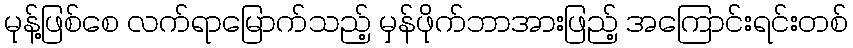
မုန့်ဖြစ်စေ လက်ရာမြောက်သည့် မှန်ဖိုက်ဘာအားဖြည့် အကြောင်းရင်းတစ်